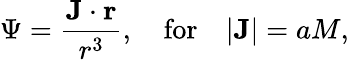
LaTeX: \Psi=\frac{\mathbf{J}\cdot\mathbf{r}}{r^{3}},\quad\mathrm{for}\quad|\mathbf{J}|=aM,